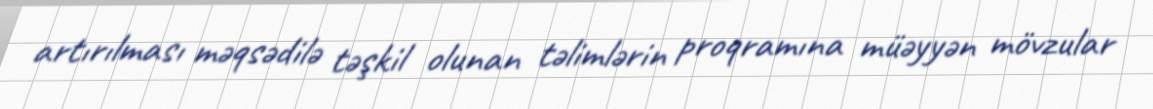
artırılması məqsədilə təşkil olunan təlimlərin proqramına müəyyən mövzular